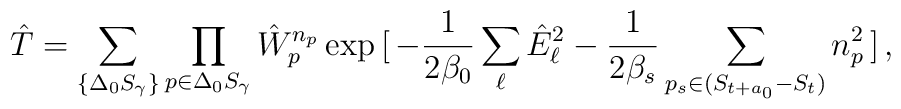
\hat{T} = \sum_{ \{ \Delta_0 S_\gamma \} }\prod_{p \in \Delta_0 S_\gamma} \hat{W}_p^{n_p}\exp{  [ \, -\frac{1}{2\beta_0} \sum_\ell \hat{E}_\ell^2 -\frac{1}{2\beta_s}\sum_{p_s \in (S_{t+a_0}-S_t) } n_p^2  \, ] \, },